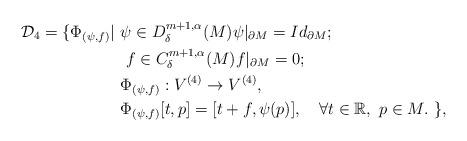
LaTeX: \begin{align*}\mathcal D_4=\{\Phi_{(\psi,f)}|~&\psi\in D^{m+1,\alpha}_{\delta}(M)\psi|_{\partial M}=Id_{\partial M};\\&~f \in C^{m+1,\alpha}_{\delta}(M) f|_{\partial M}=0;\\&\Phi_{(\psi,f)}:V^{(4)}\rightarrow V^{(4)},\\&\Phi_{(\psi,f)}[t,p]=[t+f,\psi(p)],\quad\forall t\in\mathbb R,~p\in M.~\},\end{align*}